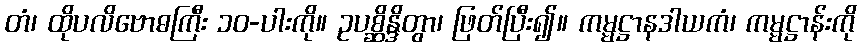
တံ၊ ထိုပလိဗောဓကြီး ၁၀-ပါးကို။ ဥပစ္ဆိန္ဒိတွာ၊ ဖြတ်ပြီး၍။ ကမ္မဋ္ဌာနဒါယကံ၊ ကမ္မဋ္ဌာန်းကို